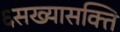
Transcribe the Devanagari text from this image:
६सख्यासक्ति